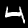
Label: 4